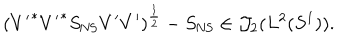
( { V ^ { \prime } } ^ { * } { V ^ { \prime } } ^ { * } S _ { \mathrm { N S } } V ^ { \prime } V ^ { \prime } ) ^ { \frac { 1 } { 2 } } - S _ { \mathrm { N S } } \in { \cal J } _ { 2 } ( L ^ { 2 } ( S ^ { 1 } ) ) .